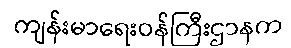
ကျန်းမာရေးဝန်ကြီးဌာနက